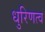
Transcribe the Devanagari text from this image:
धुरिणत्व